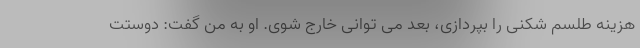
هزینه طلسم شکنی را بپردازی، بعد می توانی خارج شوی. او به من گفت: دوستت